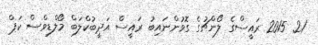
21